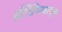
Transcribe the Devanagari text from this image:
ऑरिजिनल्स